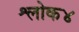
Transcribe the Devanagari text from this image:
श्लोक४